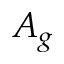
A _ { g }